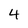
Character: 4